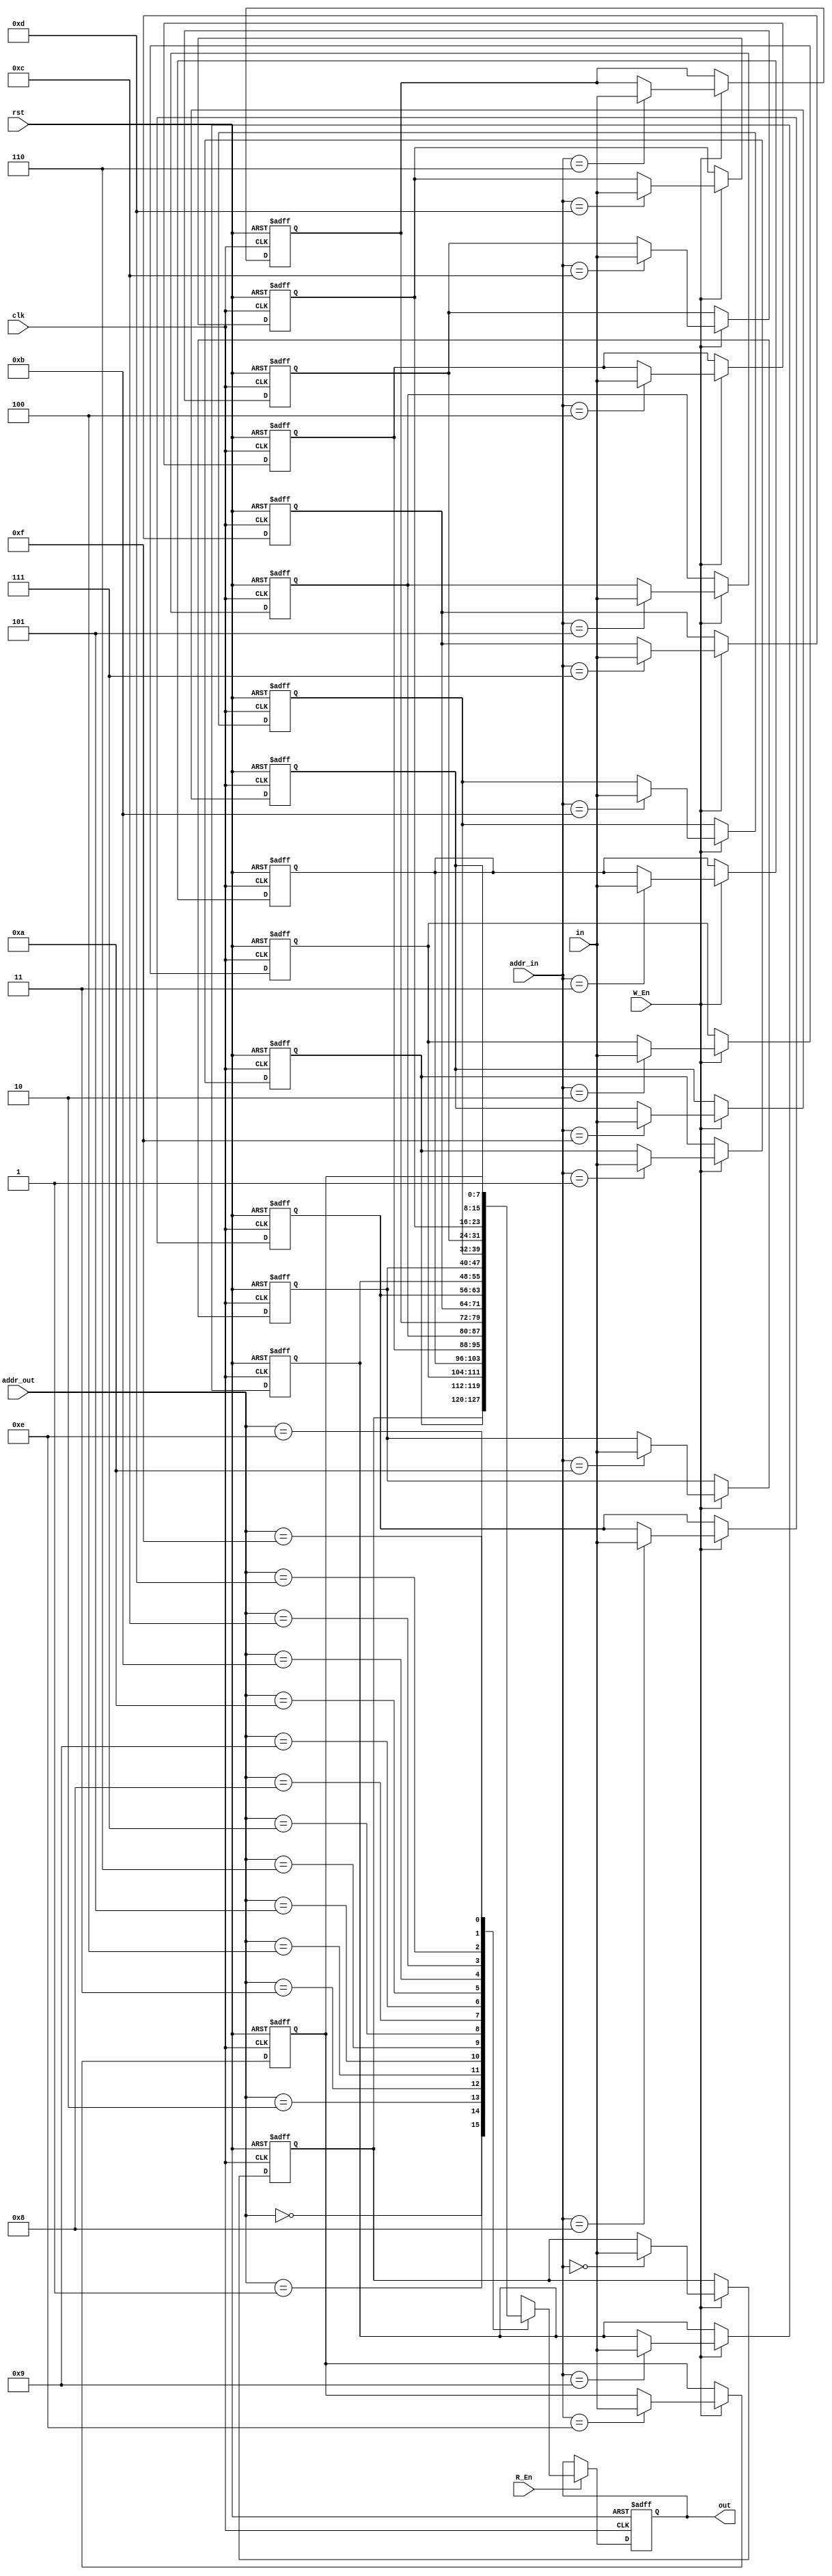
module subBytes_mem(clk,rst,W_En ,R_En,addr_in,addr_out,in,out);
input wire clk,rst ,W_En ,R_En;
input wire [3:0] addr_in,addr_out;
input wire [7:0] in;
output reg [7:0] out;

reg [7:0] ram [0:15];	
integer i;

always @(posedge clk or negedge rst)
	begin	
	if(!rst)
		begin
			out<=0;
			for (i=0;i<=15;i=i+1)
				ram[i]<=0;
		end	
	else
		begin
		if(W_En)
			ram[addr_in]<=in;
		if (R_En)  
			out<=ram[addr_out];
		end	
	end
endmodule